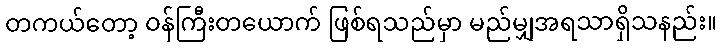
တကယ်တော့ ဝန်ကြီးတယောက် ဖြစ်ရသည်မှာ မည်မျှအရသာရှိသနည်း။